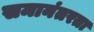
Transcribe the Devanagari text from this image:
समानंतरता